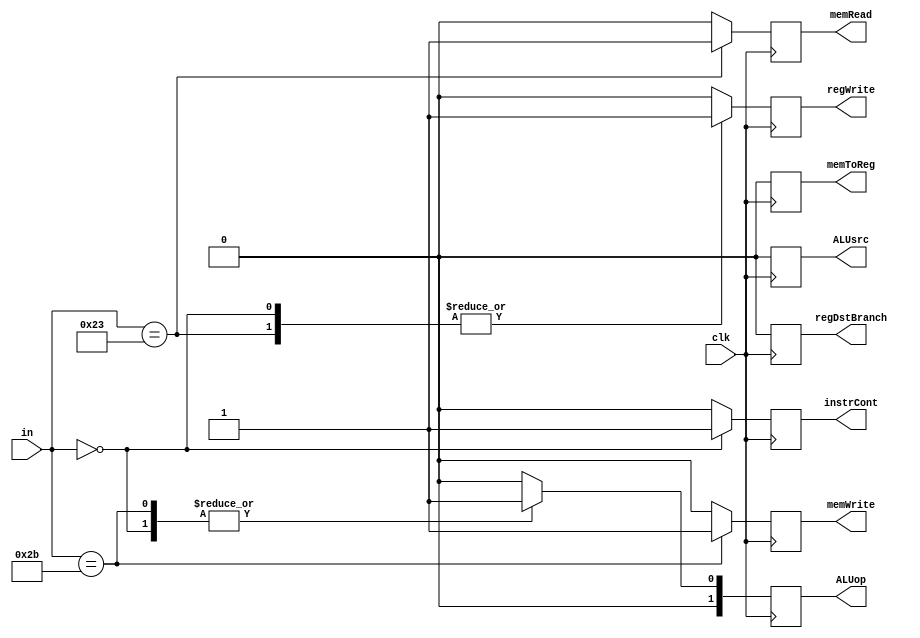
module control(
input clk, input  [5:0] in,
output reg instrCont,
output reg regDstBranch,
output reg memRead,
output reg memToReg,
output reg memWrite,
output reg [1:0] ALUop,
output reg ALUsrc,
output reg regWrite);
always @ (posedge clk)
    case(in)
    0: begin instrCont = 1; regDstBranch = 0; memRead = 0; memToReg = 0; ALUop = 1; memWrite = 0; ALUsrc = 0; regWrite = 1; end
    35: begin instrCont = 0; regDstBranch = 0; memRead = 1; memToReg = 0; ALUop = 0; memWrite = 0; ALUsrc = 0; regWrite = 1; end
    43: begin instrCont = 0; regDstBranch = 0; memRead = 0; memToReg = 0; ALUop = 1; memWrite = 1; ALUsrc = 0; regWrite = 0; end //change to multiply
    default: begin instrCont = 0; regDstBranch = 0; memRead = 0; memToReg = 0; ALUop = 0; memWrite = 0; ALUsrc = 0; regWrite = 0; end
endcase
endmodule